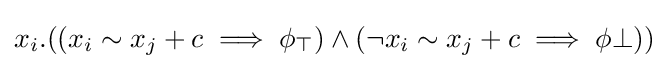
x_{i}.((x_{i}\sim x_{j}+c\implies \phi _{\top })\land (\neg x_{i}\sim x_{j}+c\implies \phi \bot ))